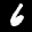
Label: 6